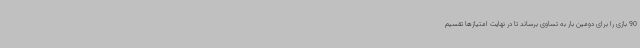
90 بازی را برای دومین بار به تساوی برساند تا در نهایت امتیازها تقسیم